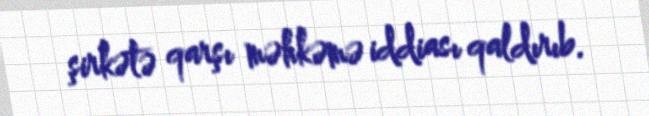
şirkətə qarşı məhkəmə iddiası qaldırıb.